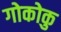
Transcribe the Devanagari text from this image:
गोकोकु